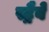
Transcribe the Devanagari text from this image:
स्ट्रैबे